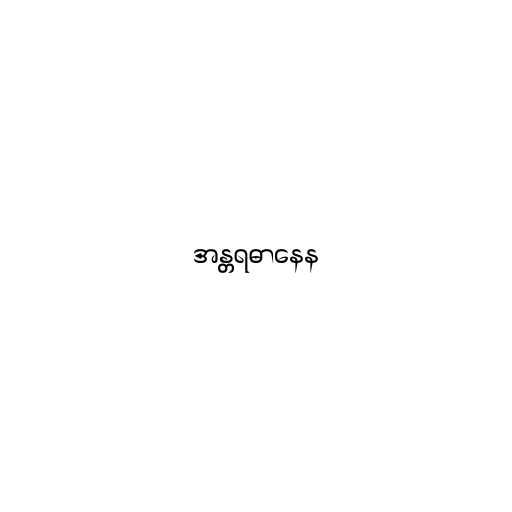
အန္တရဓာနေန